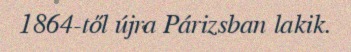
1864-től újra Párizsban lakik.